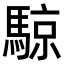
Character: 𬳮